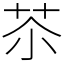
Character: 苶